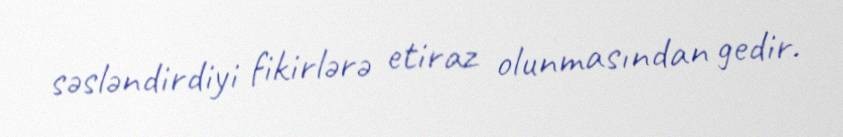
səsləndirdiyi fikirlərə etiraz olunmasından gedir.